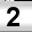
Digit: 2